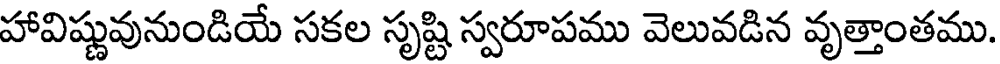
హావిష్ణువునుండియే సకల సృష్టి స్వరూపము వెలువడిన వృత్తాంతము.